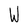
Character: W